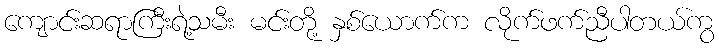
ကျောင်းဆရာကြီးရဲ့သမီး မင်းတို့ နှစ်ယောက်က လိုက်ဖက်ညီပါတယ်ကွ